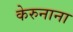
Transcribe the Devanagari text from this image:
केरुनाना